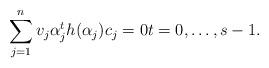
LaTeX: \begin{align*}\sum_{j=1}^n v_j\alpha_j^t h(\alpha_j) c_j =0 t=0,\dots,s-1.\end{align*}